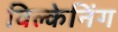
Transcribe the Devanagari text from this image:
विल्केनिंग